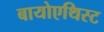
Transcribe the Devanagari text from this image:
बायोएथिस्ट